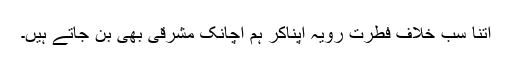
اتنا سب خلافِ فطرت رویہ اپناکر ہم اچانک مشرقی بھی بن جاتے ہیں۔